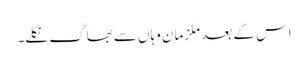
اس کے بعد ملزمان وہاں سے بھاگ نکلے۔